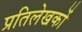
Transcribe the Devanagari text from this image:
प्रतिलेखकों